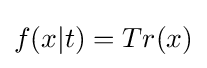
f(x|t)=Tr(x)